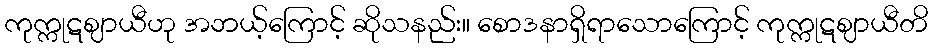
ကုက္ကုဋဈာယီဟု အဘယ့်ကြောင့် ဆိုသနည်း။ စောဒနာရှိရာသောကြောင့် ကုက္ကုဋဈာယီတိ